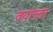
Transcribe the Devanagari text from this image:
वयांनतर